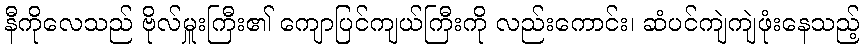
နီကိုလေသည် ဗိုလ်မှူးကြီး၏ ကျောပြင်ကျယ်ကြီးကို လည်းကောင်း၊ ဆံပင်ကျဲကျဲဖုံးနေသည့်